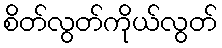
စိတ်လွတ်ကိုယ်လွတ်